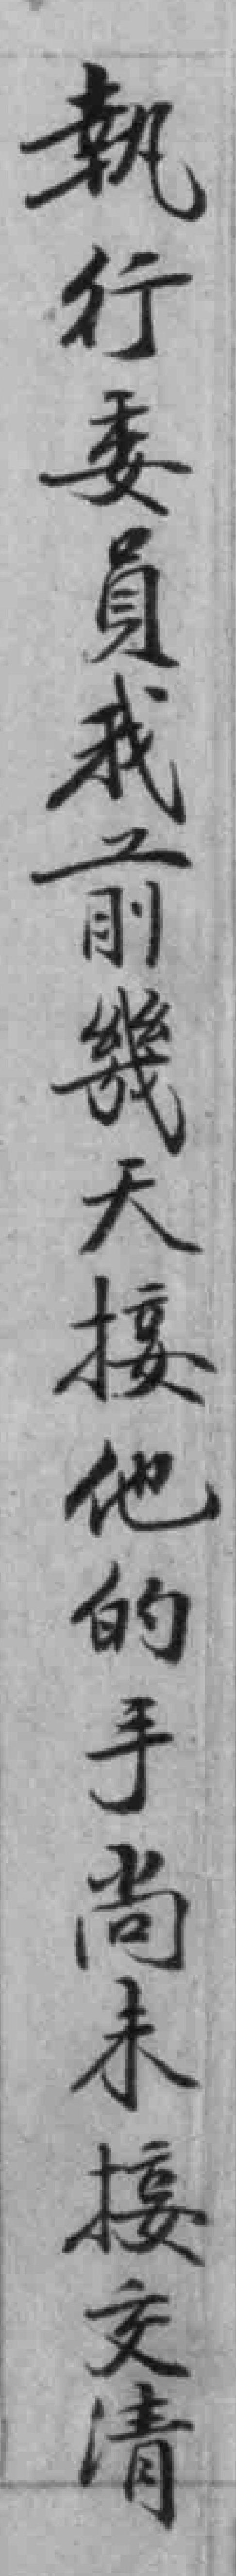
執行委員我前幾天接他的手尚未接交清